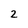
Character: 2